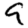
Digit: 9